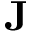
\mathbf { J }